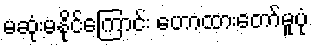
မဆုံးမနိုင်ကြောင်း ဟောထားတော်မူပုံ